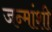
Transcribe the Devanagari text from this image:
जन्मांशी